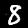
Label: 8